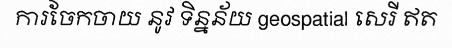
ការចែកចាយ នូវ ទិន្នន័យ geospatial សេរី ឥត